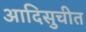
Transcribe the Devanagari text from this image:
आदिसुचीत